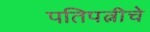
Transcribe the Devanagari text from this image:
पतिपत्नीचे